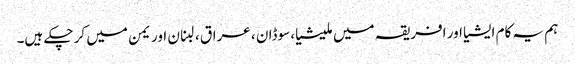
ہم یہ کام ایشیا اور افریقہ میں ملیشیا، سوڈان ، عراق ، لبنان اور یمن میں کر چکے ہیں۔